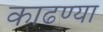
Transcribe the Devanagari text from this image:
काढण्या